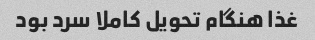
غذا هنگام تحویل کاملا سرد بود